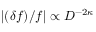
\vert ( \delta f ) / f \vert \propto D ^ { - 2 \kappa }